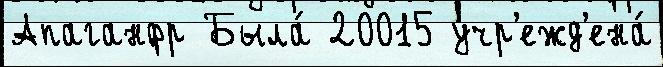
Апаганфр Была́ 20015 учр'ежд'ена́